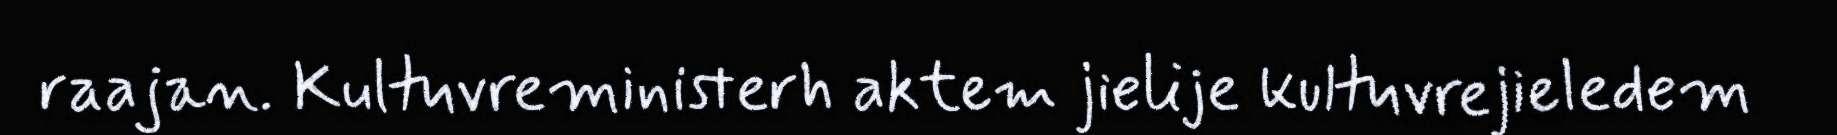
raajan. Kultuvreministerh aktem jielije kultuvrejieledem